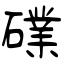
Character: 礏